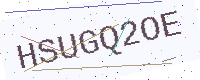
Text: HSUGQ2OE